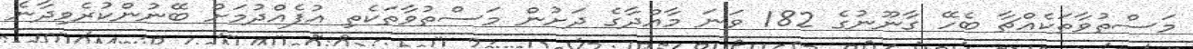
މަސްތުވާތަކެއްޗާ ބެހޭ ގާނޫނުގެ 182 ވަނަ މާއްދާގެ ދަށުން މަސްތުވާތަކެތި އުފެއްދުމަށް ބޭނުންކުރެވިދާނެ